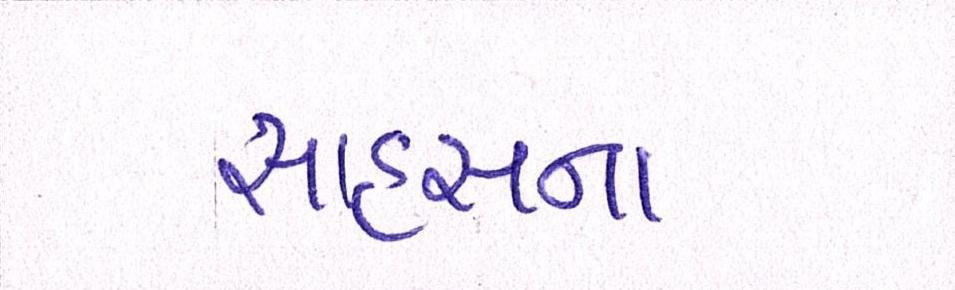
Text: સાહસના